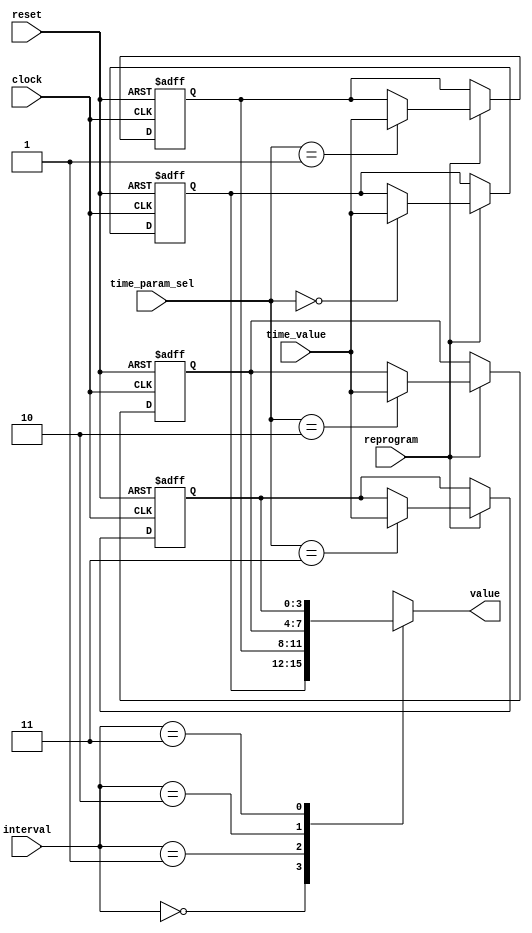
module time_parameters (
    input clock, reset, 
    input [1:0] interval, time_param_sel,
    input reprogram,
    input [3:0] time_value,
    output reg [3:0] value
);

reg [3:0] T_ARM_DELAY;
reg [3:0] T_DRIVER_DELAY;
reg [3:0] T_PASSENGER_DELAY;
reg [3:0] T_ALARM_ON;

always @(posedge clock, posedge reset) begin
    if (reset) begin
        T_ARM_DELAY <= 4'b0110;
        T_DRIVER_DELAY <= 4'b1000;
        T_PASSENGER_DELAY <= 4'b1111;
        T_ALARM_ON <= 4'b1010;       
    end
    else if (reprogram) begin
        case (time_param_sel)
            2'b00: T_ARM_DELAY <= time_value;
            2'b01: T_DRIVER_DELAY <= time_value; 
            2'b10: T_PASSENGER_DELAY <= time_value; 
            2'b11: T_ALARM_ON <= time_value;
        endcase
    end    
end

always @(*) begin
    case (interval) 
        2'b00: value = T_ARM_DELAY;
        2'b01: value = T_DRIVER_DELAY;
        2'b10: value = T_PASSENGER_DELAY;
        2'b11: value = T_ALARM_ON;
        default: value = value;
    endcase
end

endmodule